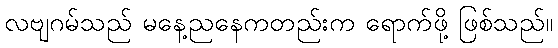
လဗျဂမ်သည် မနေ့ညနေကတည်းက ရောက်ဖို့ ဖြစ်သည်။